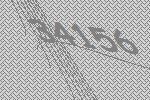
34156